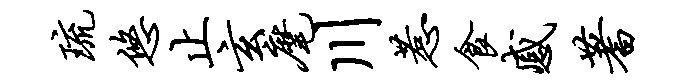
琉悠止玄麾川惹食感蓍